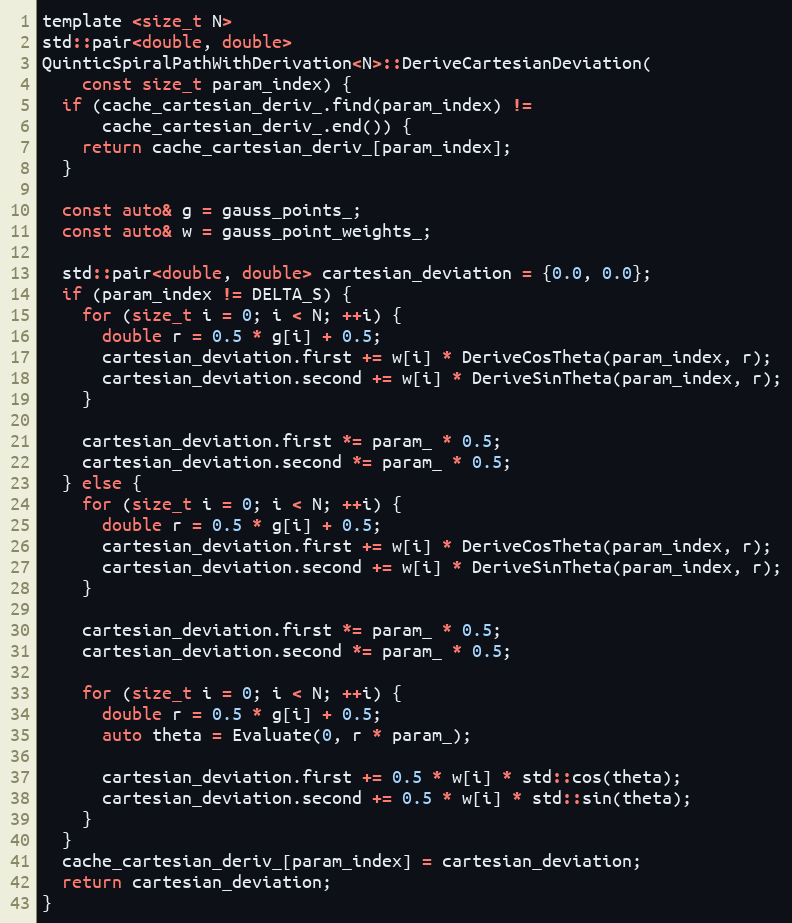
Language: C
template <size_t N>
std::pair<double, double>
QuinticSpiralPathWithDerivation<N>::DeriveCartesianDeviation(
    const size_t param_index) {
  if (cache_cartesian_deriv_.find(param_index) !=
      cache_cartesian_deriv_.end()) {
    return cache_cartesian_deriv_[param_index];
  }

  const auto& g = gauss_points_;
  const auto& w = gauss_point_weights_;

  std::pair<double, double> cartesian_deviation = {0.0, 0.0};
  if (param_index != DELTA_S) {
    for (size_t i = 0; i < N; ++i) {
      double r = 0.5 * g[i] + 0.5;
      cartesian_deviation.first += w[i] * DeriveCosTheta(param_index, r);
      cartesian_deviation.second += w[i] * DeriveSinTheta(param_index, r);
    }

    cartesian_deviation.first *= param_ * 0.5;
    cartesian_deviation.second *= param_ * 0.5;
  } else {
    for (size_t i = 0; i < N; ++i) {
      double r = 0.5 * g[i] + 0.5;
      cartesian_deviation.first += w[i] * DeriveCosTheta(param_index, r);
      cartesian_deviation.second += w[i] * DeriveSinTheta(param_index, r);
    }

    cartesian_deviation.first *= param_ * 0.5;
    cartesian_deviation.second *= param_ * 0.5;

    for (size_t i = 0; i < N; ++i) {
      double r = 0.5 * g[i] + 0.5;
      auto theta = Evaluate(0, r * param_);

      cartesian_deviation.first += 0.5 * w[i] * std::cos(theta);
      cartesian_deviation.second += 0.5 * w[i] * std::sin(theta);
    }
  }
  cache_cartesian_deriv_[param_index] = cartesian_deviation;
  return cartesian_deviation;
}